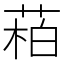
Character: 𬝌